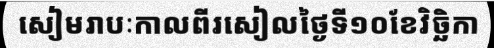
សៀមរាបៈកាលពីរសៀលថ្ងៃទី១០ខែវិច្ឆិកា